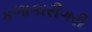
કળાકારીગરી